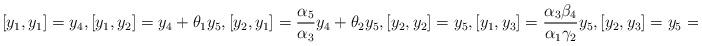
LaTeX: \begin{align*}[y_1, y_1]=y_4, [y_1, y_2]=y_4+\theta_1y_5, [y_2, y_1]=\frac{\alpha_5}{\alpha_3}y_4+\theta_2y_5, [y_2, y_2]=y_5, [y_1, y_3]=\frac{\alpha_3\beta_4}{\alpha_1\gamma_2}y_5, [y_2, y_3]=y_5=-[y_3, y_2].\end{align*}